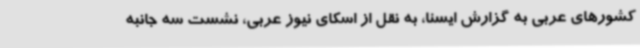
کشورهای عربی به گزارش ایسنا، به نقل از اسکای نیوز عربی، نشست سه جانبه